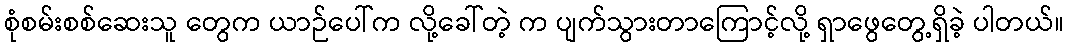
စုံစမ်းစစ်ဆေးသူ တွေက ယာဉ်ပေါ်က လို့ခေါ်တဲ့ က ပျက်သွားတာကြောင့်လို့ ရှာဖွေတွေ့ရှိခဲ့ ပါတယ်။